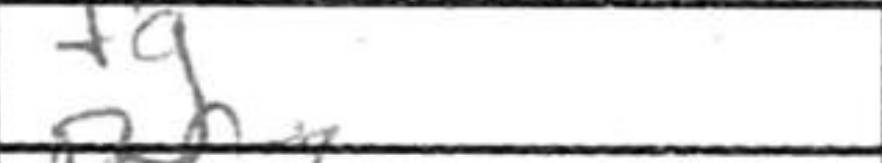
Transcription: fg